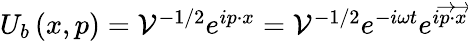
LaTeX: \begin{array}{r}{U_{b}\left(x,p\right)=\mathcal{V}^{-1/2}e^{ip\cdot x}=\mathcal{V}^{-1/2}e^{-i\omega t}e^{i\overrightarrow{p}\cdot\overrightarrow{x}}}\end{array}